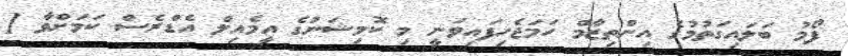
ފޯމު ބަލައިގަތުމުގެ އިންތިޒާމް ހަމަޖެހިފައިވަނީ މި ކޮމިޝަނުގެ އީމެއިލް އެޑްރެސް ކަމަށްވާ [